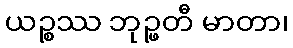
ယဉ္စဿ ဘုဉ္ဖတီ မာတာ၊